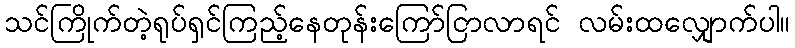
သင်ကြိုက်တဲ့ရုပ်ရှင်ကြည့်နေတုန်းကြော်ငြာလာရင် လမ်းထလျှောက်ပါ။